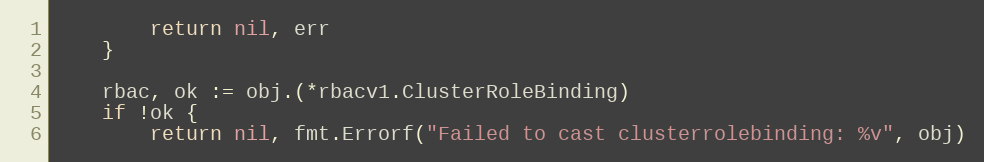
Language: Go
		return nil, err
	}

	rbac, ok := obj.(*rbacv1.ClusterRoleBinding)
	if !ok {
		return nil, fmt.Errorf("Failed to cast clusterrolebinding: %v", obj)